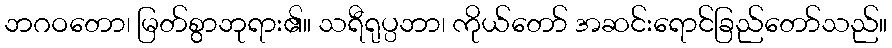
ဘဂဝတော၊ မြတ်စွာဘုရား၏။ သရီရုပ္ပဘာ၊ ကိုယ်တော် အဆင်းရောင်ခြည်တော်သည်။